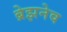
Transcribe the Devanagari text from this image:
ब्रेझनेव